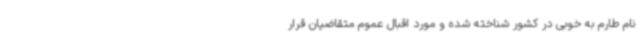
نام طارم به خوبی در کشور شناخته شده و مورد اقبال عموم متقاضیان قرار